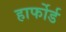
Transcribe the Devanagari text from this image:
हार्फोर्ड